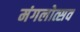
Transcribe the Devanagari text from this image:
मंगलोत्सव